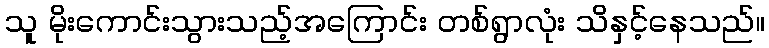
သူ မိုးကောင်းသွားသည့်အကြောင်း တစ်ရွာလုံး သိနှင့်နေသည်။